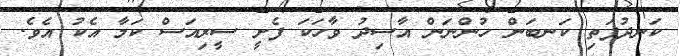
ކަނދުފަތި ކަނބަން ހުންނަން އާސިދު ވާހަކަ ފެށީ ސީރިއަސް ކަމާ އެކު އެވެ.